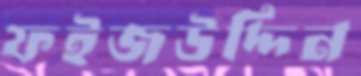
ফইজউদ্দিন